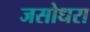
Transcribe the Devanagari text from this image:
जसोधरा